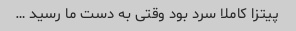
پیتزا کاملا سرد بود وقتی به دست ما رسید …